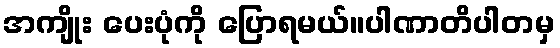
အကျိုး ပေးပုံကို ပြောရမယ်။ပါဏာတိပါတမှ